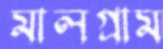
মালগ্রাম